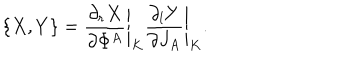
\{ X , Y \} = \left. { \frac { \partial _ { r } X } { \partial \Phi ^ { A } } } \right| _ { K } \left. { \frac { \partial _ { l } Y } { \partial J _ { A } } } \right| _ { K } .